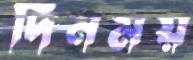
দিনময়